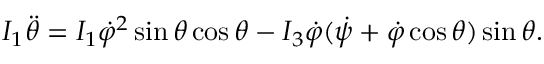
\begin{array} { r } { I _ { 1 } \ddot { \theta } = I _ { 1 } \dot { \varphi } ^ { 2 } \sin \theta \cos \theta - I _ { 3 } \dot { \varphi } ( \dot { \psi } + \dot { \varphi } \cos \theta ) \sin \theta . } \end{array}